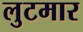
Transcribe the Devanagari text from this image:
लुटमार